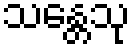
သန္တေသု